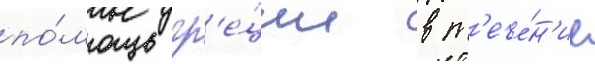
по́мощь гр'е́ции в т'ече́н'ие